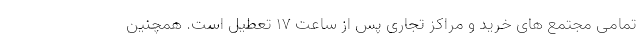
تمامی مجتمع های خرید و مراکز تجاری پس از ساعت ۱۷ تعطیل است. همچنین